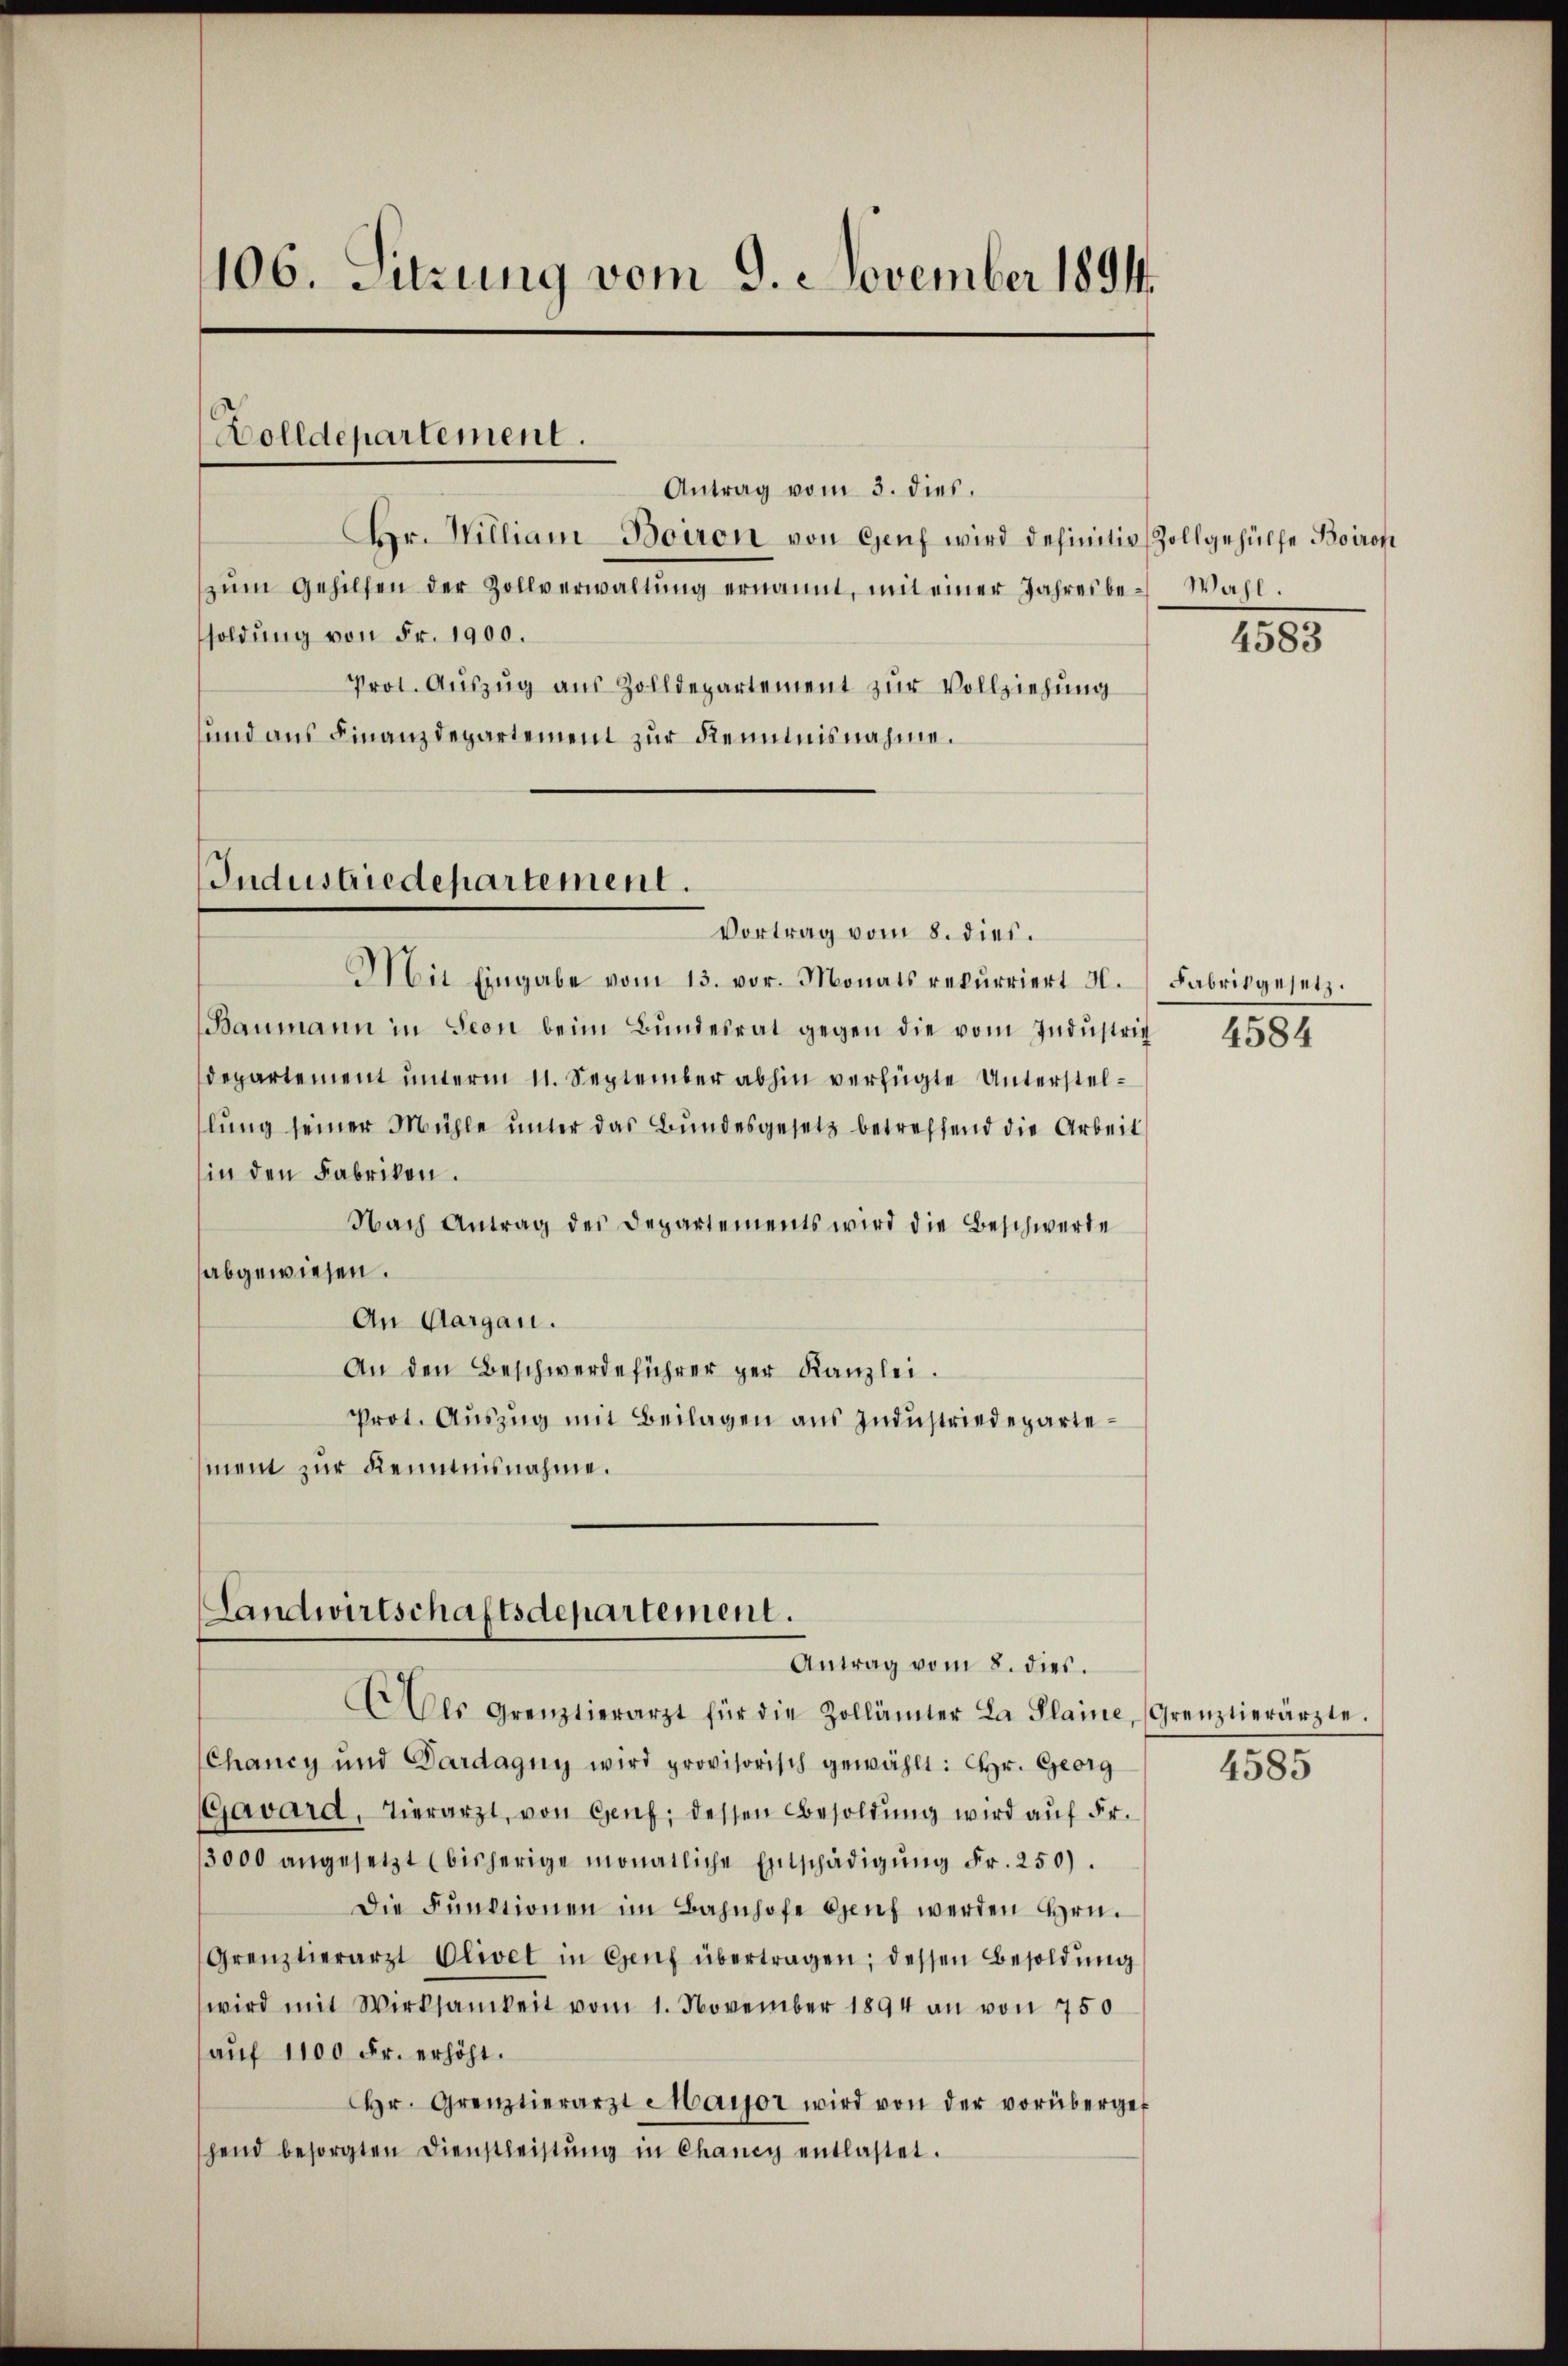
106. Sitzung vom 9. November 1891.

Wolldepartement.

Antrag vom 3. dies.
Br. William-Boiron von Genf wird definitiv Zollgehülfe Boirof
zŭm Gehilfen der Zollverwaltŭng ernannt, mit einer Jahresbe-Wahl.
soldung von Fr. 1900.
Prot. Aŭszŭg aŭs Zolldepartement zŭr Vollziehŭng
und aus Finanzdepartement zur Kenntnisnahme.

Industriedepartement.
Vortrag vom 8. dies.

Mit Eingabe vom 13. vor. Monats rekurriert 4.
Baumann in Seon beim Bŭndesrat gegen die vom Indŭstrit 4584
departement unterm 11. September abhin verfügte Unterstellŭng seiner Mühle ŭnter das Bundesgesetz betreffend die Arbeit
in den Fabrikon.
Nach Antrag des Departements wird die Beschwerde
abgewiesen.
An Aargau.
An den Beschwerdeführer per Kanzlei.
Prot. Aŭszŭg mit Beilagen aus Industriedepartement zur Kenntnisnahme.

Landwirtschaftsdepartement.
Antrag vom 8. dies.

Aer Grenztierarzt für die Zollämter La Plaine, Grenztierärzte.
Chancy und Pardagny wird provisorisch gewählt: Hr. Georg
Gavard, Tierarzt, von Genf, dessen Besoldŭng wird aŭf Fr.
3000 angesetzt (bisherige monatliche Entschädigŭng Fr. 250).
Die Fŭnktionen im Bahnhofe Genf werden Hrn.
Grenztierarzt Olivet in Genf übertragen; dessen Besoldŭng
wird mit Wirksamkeit vom 1. November 1894 an von 750
auf 1100 Fr. erhöht.
Hr. Grenztierarzt Major wird von der vorübergef
shend besorgten Dienstleistŭng in Chancy entlastet.

4583

Fabrikgesetz.

4585